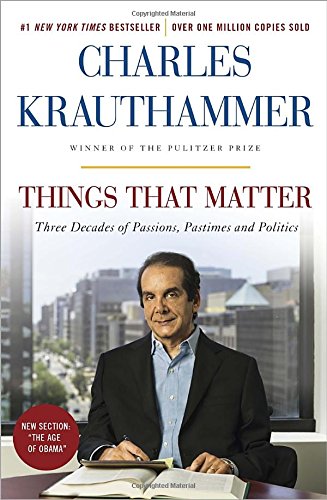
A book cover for Things That Matter: Three Decades of Passions, Pastimes and Politics; Charles Krauthammer; Politics & Social Sciences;